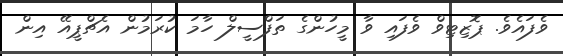
ވެފައެވެ. ޕޮޒިޓިވް ވެފައި ވާ މީހުންގެ ތަފްސީލް ހާމަ ކުރަމުން އެޗްޕީއޭ އިން